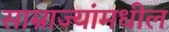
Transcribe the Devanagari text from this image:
साम्राज्यांमधील